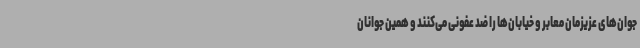
جوان‌های عزیزمان معابر و خیابان‌ها را ضد عفونی می‌کنند و همین جوانان